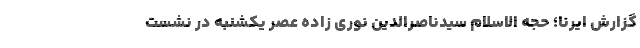
گزارش ایرنا؛ حجه ‌الاسلام‌ سیدناصرالدین نوری زاده عصر یکشنبه در نشست